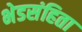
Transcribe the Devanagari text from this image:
भेडसंहिता